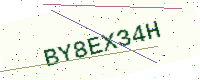
Text: BY8EX34H